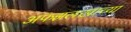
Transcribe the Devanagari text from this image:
अफझलखाच्या